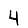
Digit: 4